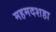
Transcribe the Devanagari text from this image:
महमदशहा